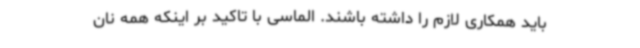
باید همکاری لازم را داشته باشند. الماسی با تاکید بر اینکه همه نان